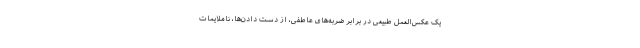
یک عکس‌العمل طبیعی در برابر ضربه‌های عاطفی، از دست دادن‌ها، ناملایمات